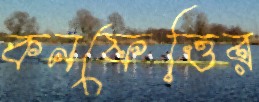
কনফেত্তির